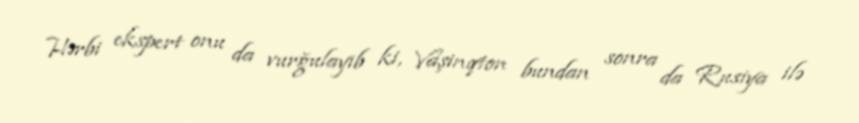
Hərbi ekspert onu da vurğulayıb ki, Vaşinqton bundan sonra da Rusiya ilə